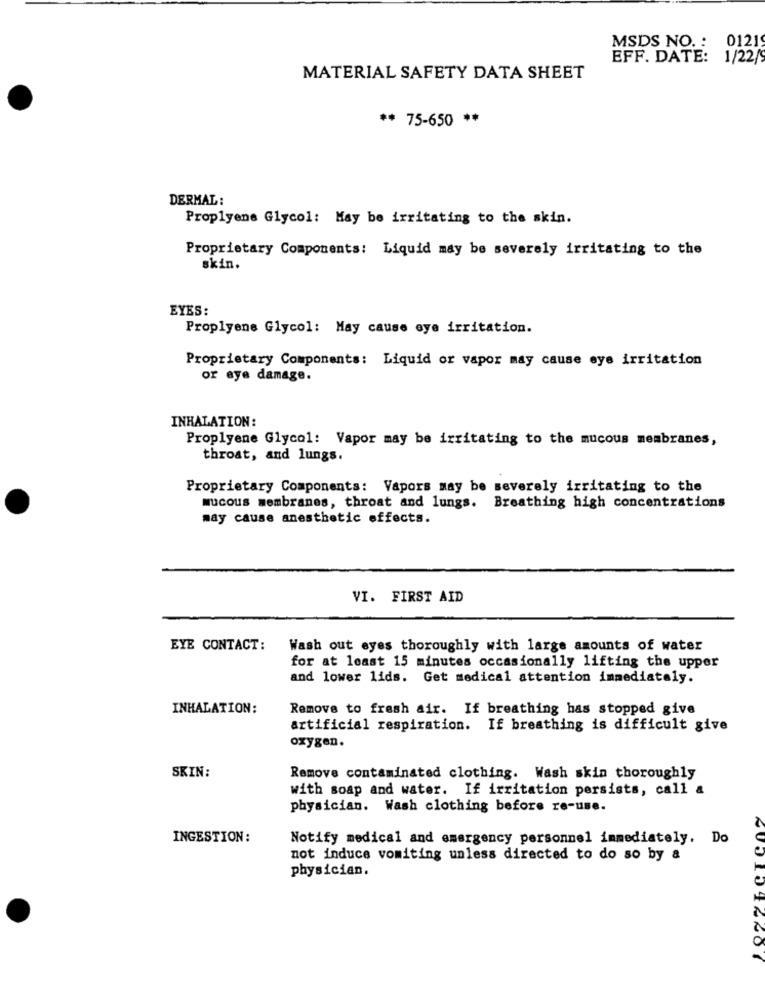
MSDS NO. : 01219
EFF. DATE: 1/22/
MATERIAL SAFETY DATA SHEET
** 75-650 **
DERMAL:
Proplyene Glycol: May be irritating to the skin.
Proprietary Components: Liquid may be severely irritating to the
skin.
EYES:
Proplyene Glycol: May cause eye irritation.
Proprietary Components: Liquid or vapor may cause eye irritation
or eye damage.
INHALATION:
Proplyene Glycol: Vapor may be irritating to the mucous membranes,
throat, and lungs.
Proprietary Components: Vapors may be severely irritating to the
mucous membranes, throat and lungs. Breathing high concentrations
may cause anesthetic effects.
VI. FIRST AID
EYE CONTACT:
Wash out eyes thoroughly with large amounts of water
for at least 15 minutes occasionally lifting the upper
and lower lids. Get medical attention immediately.
INHALATION:
Remove to fresh air. If breathing has stopped give
artificial respiration. If breathing is difficult give
oxygen.
SKIN:
Remove contaminated clothing. Wash skin thoroughly
with soap and water. If irritation persists, call &
physician. Wash clothing before re-use.
INGESTION:
Notify medical and emergency personnel immediately, Do
not induce vomiting unless directed to do so by &
physician.